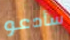
سأدعو